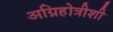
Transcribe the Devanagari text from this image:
अग्निहोत्रीशी